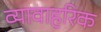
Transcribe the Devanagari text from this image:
व्यावाहरिक